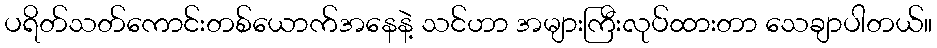
ပရိတ်သတ်ကောင်းတစ်ယောက်အနေနဲ့ သင်ဟာ အများကြီးလုပ်ထားတာ သေချာပါတယ်။